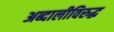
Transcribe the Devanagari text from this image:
अब्दालीविरुद्ध